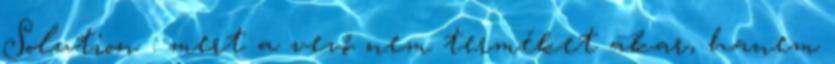
Solution : mert a vevő nem terméket akar, hanem